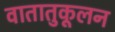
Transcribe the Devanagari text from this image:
वातातुकूलन